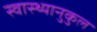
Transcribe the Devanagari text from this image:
स्वास्थ्यानुकुल